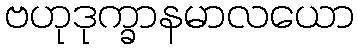
ဗဟုဒုက္ခာနမာလယော